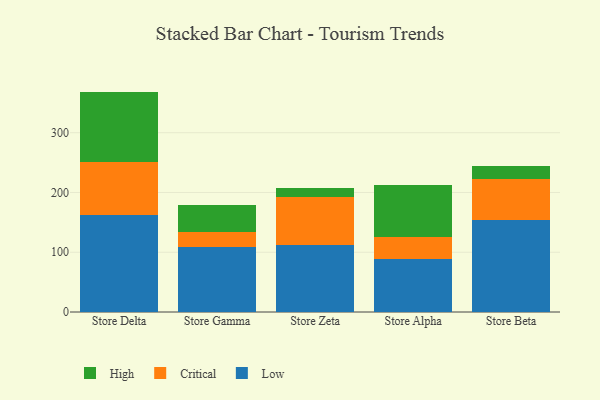
{"axis": {"x": "Store", "y": "Satisfaction Score"}, "legend": ["Critical", "High", "Low"], "data": [{"x": "Store Delta", "y": 162.6, "type": "Low"}, {"x": "Store Delta", "y": 88.0, "type": "Critical"}, {"x": "Store Delta", "y": 118.2, "type": "High"}, {"x": "Store Gamma", "y": 109.2, "type": "Low"}, {"x": "Store Gamma", "y": 24.8, "type": "Critical"}, {"x": "Store Gamma", "y": 45.7, "type": "High"}, {"x": "Store Zeta", "y": 111.6, "type": "Low"}, {"x": "Store Zeta", "y": 80.3, "type": "Critical"}, {"x": "Store Zeta", "y": 16.0, "type": "High"}, {"x": "Store Alpha", "y": 89.5, "type": "Low"}, {"x": "Store Alpha", "y": 36.8, "type": "Critical"}, {"x": "Store Alpha", "y": 85.8, "type": "High"}, {"x": "Store Beta", "y": 154.1, "type": "Low"}, {"x": "Store Beta", "y": 68.1, "type": "Critical"}, {"x": "Store Beta", "y": 22.4, "type": "High"}]}